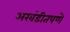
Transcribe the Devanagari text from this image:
अखंडीतपणे